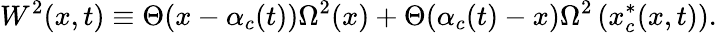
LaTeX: W^{2}(x,t)\equiv\Theta(x-\alpha_{c}(t))\Omega^{2}(x)+\Theta(\alpha_{c}(t)-x)\Omega^{2}\left(x_{c}^{*}(x,t)\right).